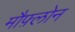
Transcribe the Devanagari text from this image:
मौफ़्लोन